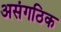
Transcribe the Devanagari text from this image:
असंगठिक